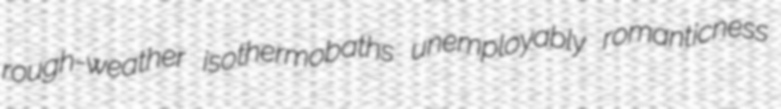
rough-weather isothermobaths unemployably romanticness